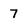
Character: 7